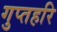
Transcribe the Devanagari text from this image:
गुप्तहरि